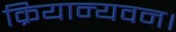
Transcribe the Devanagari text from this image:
क्रियान्यवन।